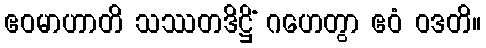
ဧဝမာဟာတိ သဿတဒိဋ္ဌိံ ဂဟေတွာ ဧဝံ ဝဒတိ။